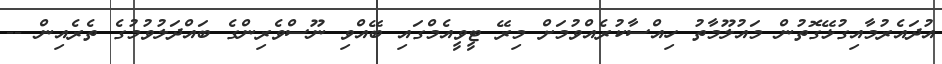
އުދައެރުމާއިގުޅޭގޮތުން މައުލޫމާތު ހިއްސާކުރެއްވުމަށް މިރޭ ޓީވީއެމްގައި ބޭއްވި ނޫސްވެރިންގެ ބައްދަލުވުމުގެ ތެރެއިން --